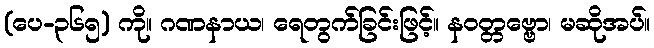
(ပေ-၃၆၅) ကို။ ဂဏနာယ၊ ရေတွက်ခြင်းဖြင့်။ နဝတ္တဗ္ဗော၊ မဆိုအပ်။